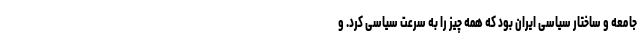
جامعه و ساختار سیاسی ایران بود که همه چیز را به سرعت سیاسی کرد. و